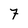
Character: 7